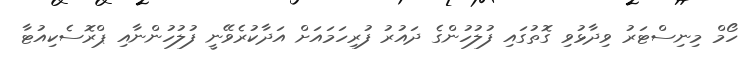
ހޯމް މިނިސްޓަރު ވިދާޅުވި ގޮތުގައި ފުލުހުންގެ ދައުރު ފުރިހަމައަށް އަދާކުރެވޭނީ ފުލުހުންނާއި ޕްރޮސެކިއުޓާ